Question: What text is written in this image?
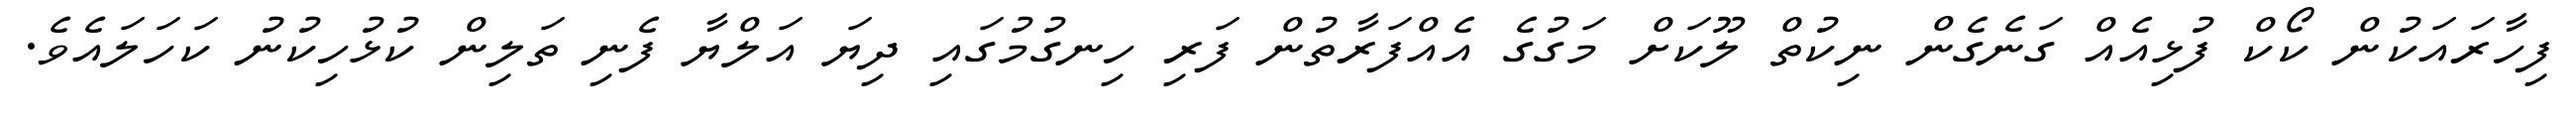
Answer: ފިހާރައަކުން ކޯކް ފުޅިއެއް ގަނެގެން ނިކުތް ލޫކަށް މަގުގެ އެއްފަރާތުން ފަރި ހިނގުމުގައި ދިޔަ އަލްޔާ ފެނި ތަލިން ކުޅުހިކުނު ކަހަލައެވެ.